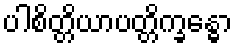
ပါစိတ္တိယာပတ္တိက္ခန္ဓော